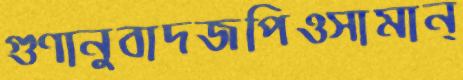
গুণানুবাদজপিওসামান্